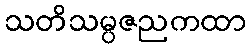
သတိသမ္ပဇညကထာ